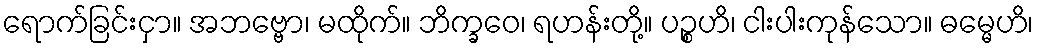
ရောက်ခြင်းငှာ။ အဘဗ္ဗော၊ မထိုက်။ ဘိက္ခဝေ၊ ရဟန်းတို့။ ပဉ္စဟိ၊ ငါးပါးကုန်သော။ ဓမ္မေဟိ၊